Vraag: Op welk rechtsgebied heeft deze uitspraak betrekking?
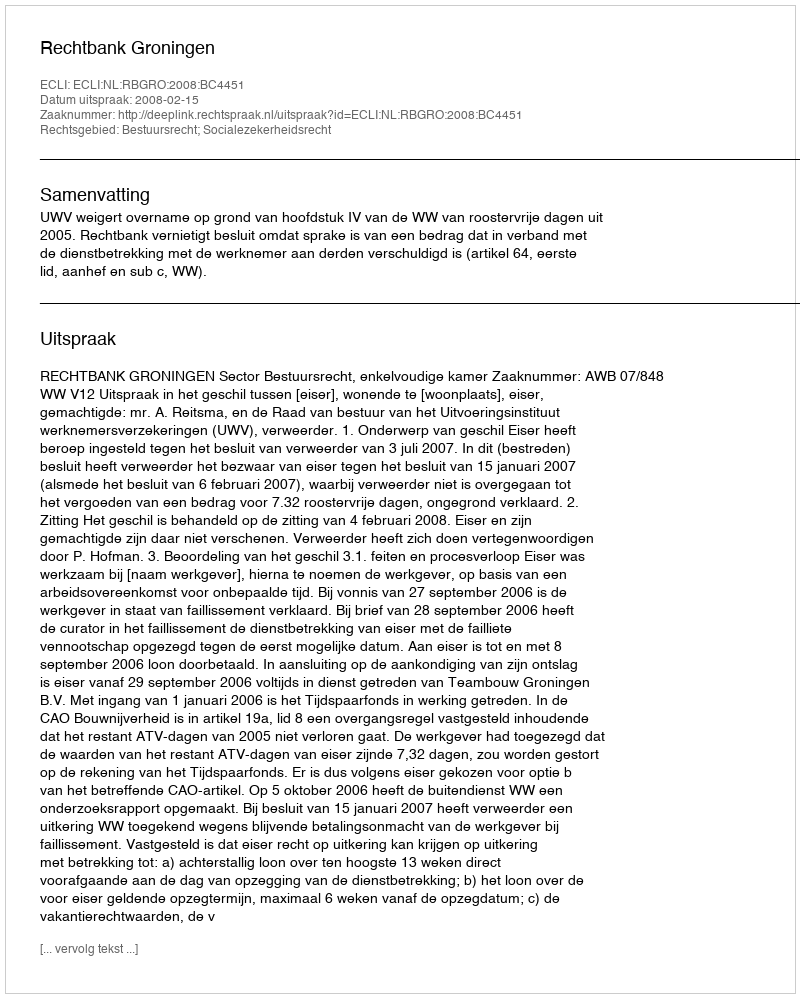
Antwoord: Bestuursrecht; Socialezekerheidsrecht